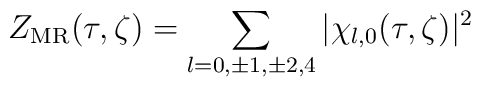
Z_{\mathrm{MR}}(\tau,\zeta)=\sum_{l=0,\pm 1, \pm 2, 4} \vert \chi_{l,0}(\tau,\zeta)\vert^2